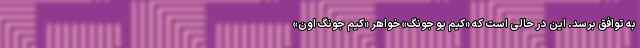
به توافق برسد. این در حالی است که «کیم یو جونگ» خواهر «کیم جونگ اون»